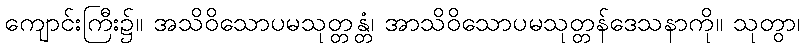
ကျောင်းကြီး၌။ အသိဝိသောပမသုတ္တန္တံ၊ အာသိဝိသောပမသုတ္တန်ဒေသနာကို။ သုတွာ၊